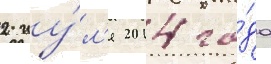
2 иу́л'я 2014 го́да